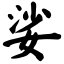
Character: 娑